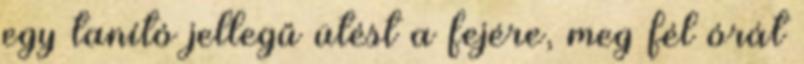
egy tanító jellegű ütést a fejére, meg fél órát